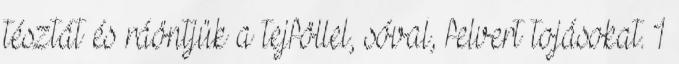
tésztát és ráöntjük a tejföllel, sóval, felvert tojásokat. 1